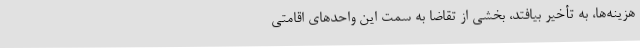
هزینه‌ها، به تأخیر بیافتد، بخشی از تقاضا به سمت این واحدهای اقامتی